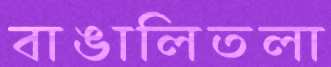
বাঙালিতলা